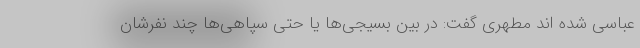
عباسی شده اند مطهری گفت: در بین بسیجی‌ها یا حتی سپاهی‌ها چند نفرشان